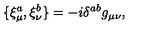
\{ \xi _ { \mu } ^ { a } , \xi _ { \nu } ^ { b } \} = - i \delta ^ { a b } g _ { \mu \nu } ,